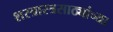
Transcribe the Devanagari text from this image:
शस्त्रास्त्रसाठ्यांच्या